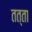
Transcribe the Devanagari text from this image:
तत्ता